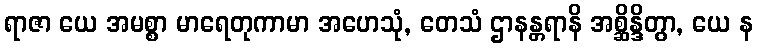
ရာဇာ ယေ အမစ္စာ မာရေတုကာမာ အဟေသုံ, တေသံ ဌာနန္တရာနိ အစ္ဆိန္ဒိတွာ, ယေ န